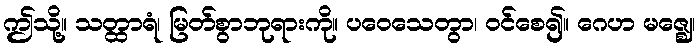
ဤသို့။ သတ္ထာရံ၊ မြတ်စွာဘုရားကို။ ပဝေသေတွာ၊ ဝင်စေ၍။ ဂေဟ မဇ္ဈေ၊